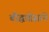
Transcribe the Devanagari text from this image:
बौद्धघोसाने